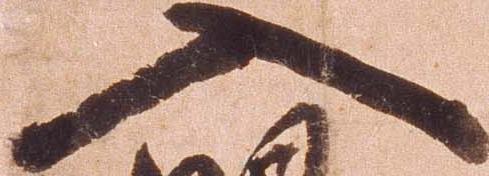
入